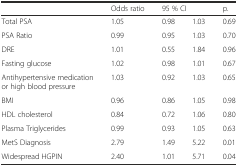
<table><thead><tr><td></td><td><b>Odds ratio</b></td><td colspan="2"><b>95 % CI</b></td><td><b>p.</b></td></tr></thead><tbody><tr><td>Total PSA</td><td>1.05</td><td>0.98</td><td>1.03</td><td>0.69</td></tr><tr><td>PSA Ratio</td><td>0.99</td><td>0.95</td><td>1.03</td><td>0.70</td></tr><tr><td>DRE</td><td>1.01</td><td>0.55</td><td>1.84</td><td>0.96</td></tr><tr><td>Fasting glucose</td><td>1.02</td><td>0.98</td><td>1.01</td><td>0.67</td></tr><tr><td>Antihypertensive medication or high blood pressure</td><td>1.03</td><td>0.92</td><td>1.03</td><td>0.65</td></tr><tr><td>BMI</td><td>0.96</td><td>0.86</td><td>1.05</td><td>0.98</td></tr><tr><td>HDL cholesterol</td><td>0.84</td><td>0.72</td><td>1.06</td><td>0.80</td></tr><tr><td>Plasma Triglycerides</td><td>0.99</td><td>0.93</td><td>1.05</td><td>0.63</td></tr><tr><td>MetS Diagnosis</td><td>2.79</td><td>1.49</td><td>5.22</td><td>0.01</td></tr><tr><td>Widespread HGPIN</td><td>2.40</td><td>1.01</td><td>5.71</td><td>0.04</td></tr></tbody></table>